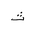
Letter: _tha